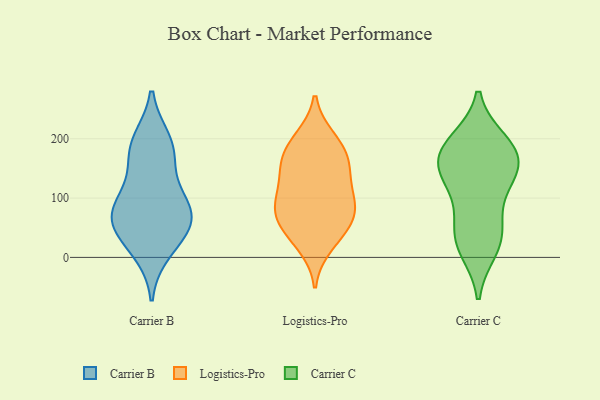
{"axis": {"x": "Satisfaction Score", "y": "Value"}, "legend": ["Carrier B", "Carrier C", "Logistics-Pro"], "data": [{"x": "", "y": 68, "type": "Carrier B"}, {"x": "", "y": 54, "type": "Carrier B"}, {"x": "", "y": 169, "type": "Carrier B"}, {"x": "", "y": 72, "type": "Carrier B"}, {"x": "", "y": 90, "type": "Carrier B"}, {"x": "", "y": 102, "type": "Carrier B"}, {"x": "", "y": 184, "type": "Carrier B"}, {"x": "", "y": 12, "type": "Carrier B"}, {"x": "", "y": 195, "type": "Carrier B"}, {"x": "", "y": 42, "type": "Carrier B"}, {"x": "", "y": 41, "type": "Logistics-Pro"}, {"x": "", "y": 140, "type": "Logistics-Pro"}, {"x": "", "y": 171, "type": "Logistics-Pro"}, {"x": "", "y": 148, "type": "Logistics-Pro"}, {"x": "", "y": 106, "type": "Logistics-Pro"}, {"x": "", "y": 193, "type": "Logistics-Pro"}, {"x": "", "y": 200, "type": "Logistics-Pro"}, {"x": "", "y": 161, "type": "Logistics-Pro"}, {"x": "", "y": 82, "type": "Logistics-Pro"}, {"x": "", "y": 21, "type": "Logistics-Pro"}, {"x": "", "y": 59, "type": "Logistics-Pro"}, {"x": "", "y": 92, "type": "Logistics-Pro"}, {"x": "", "y": 90, "type": "Logistics-Pro"}, {"x": "", "y": 61, "type": "Logistics-Pro"}, {"x": "", "y": 136, "type": "Carrier C"}, {"x": "", "y": 187, "type": "Carrier C"}, {"x": "", "y": 28, "type": "Carrier C"}, {"x": "", "y": 148, "type": "Carrier C"}, {"x": "", "y": 15, "type": "Carrier C"}, {"x": "", "y": 115, "type": "Carrier C"}, {"x": "", "y": 194, "type": "Carrier C"}, {"x": "", "y": 171, "type": "Carrier C"}, {"x": "", "y": 36, "type": "Carrier C"}, {"x": "", "y": 62, "type": "Carrier C"}, {"x": "", "y": 181, "type": "Carrier C"}, {"x": "", "y": 151, "type": "Carrier C"}]}